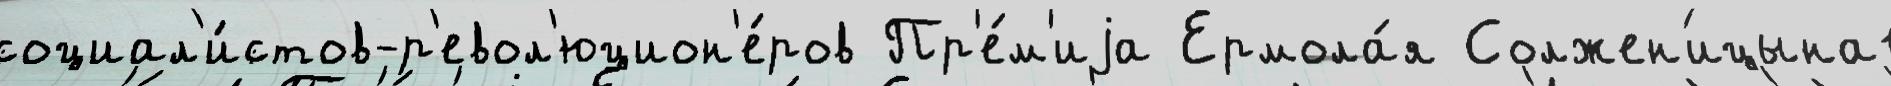
социал'и́стов-р'евол'юцион'е́ров Пр'е́м'иjа Ермола́я Солжен'ицына1